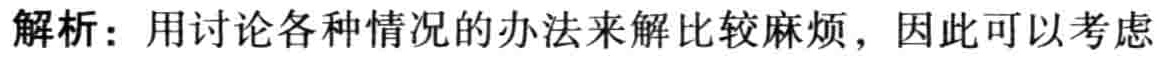
解析：用讨论各种情况的办法来解比较麻烦，因此可以考虑